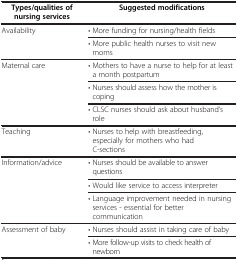
<table><thead><tr><td><b>Types/qualities of nursing services</b></td><td><b>Suggested modifications</b></td></tr></thead><tbody><tr><td rowspan="2">Availability</td><td>• More funding for nursing/health fields</td></tr><tr><td>• More public health nurses to visit new moms</td></tr><tr><td rowspan="3">Maternal care</td><td>• Mothers to have a nurse to help for at least a month postpartum</td></tr><tr><td>• Nurses should assess how the mother is coping</td></tr><tr><td>• CLSC nurses should ask about husband’s role</td></tr><tr><td>Teaching</td><td>• Nurses to help with breastfeeding, especially for mothers who had C-sections</td></tr><tr><td rowspan="3">Information/advice</td><td>• Nurses should be available to answer questions</td></tr><tr><td>• Would like service to access interpreter</td></tr><tr><td>• Language improvement needed in nursing services - essential for better communication</td></tr><tr><td rowspan="2">Assessment of baby</td><td>• Nurses should assist in taking care of baby</td></tr><tr><td>• More follow-up visits to check health of newborn</td></tr></tbody></table>